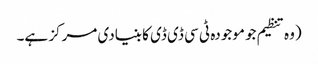
(وہ تنظیم جو موجودہ ٹی سی ڈی ڈی کا بنیادی مرکز ہے۔